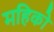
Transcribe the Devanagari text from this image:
महिको